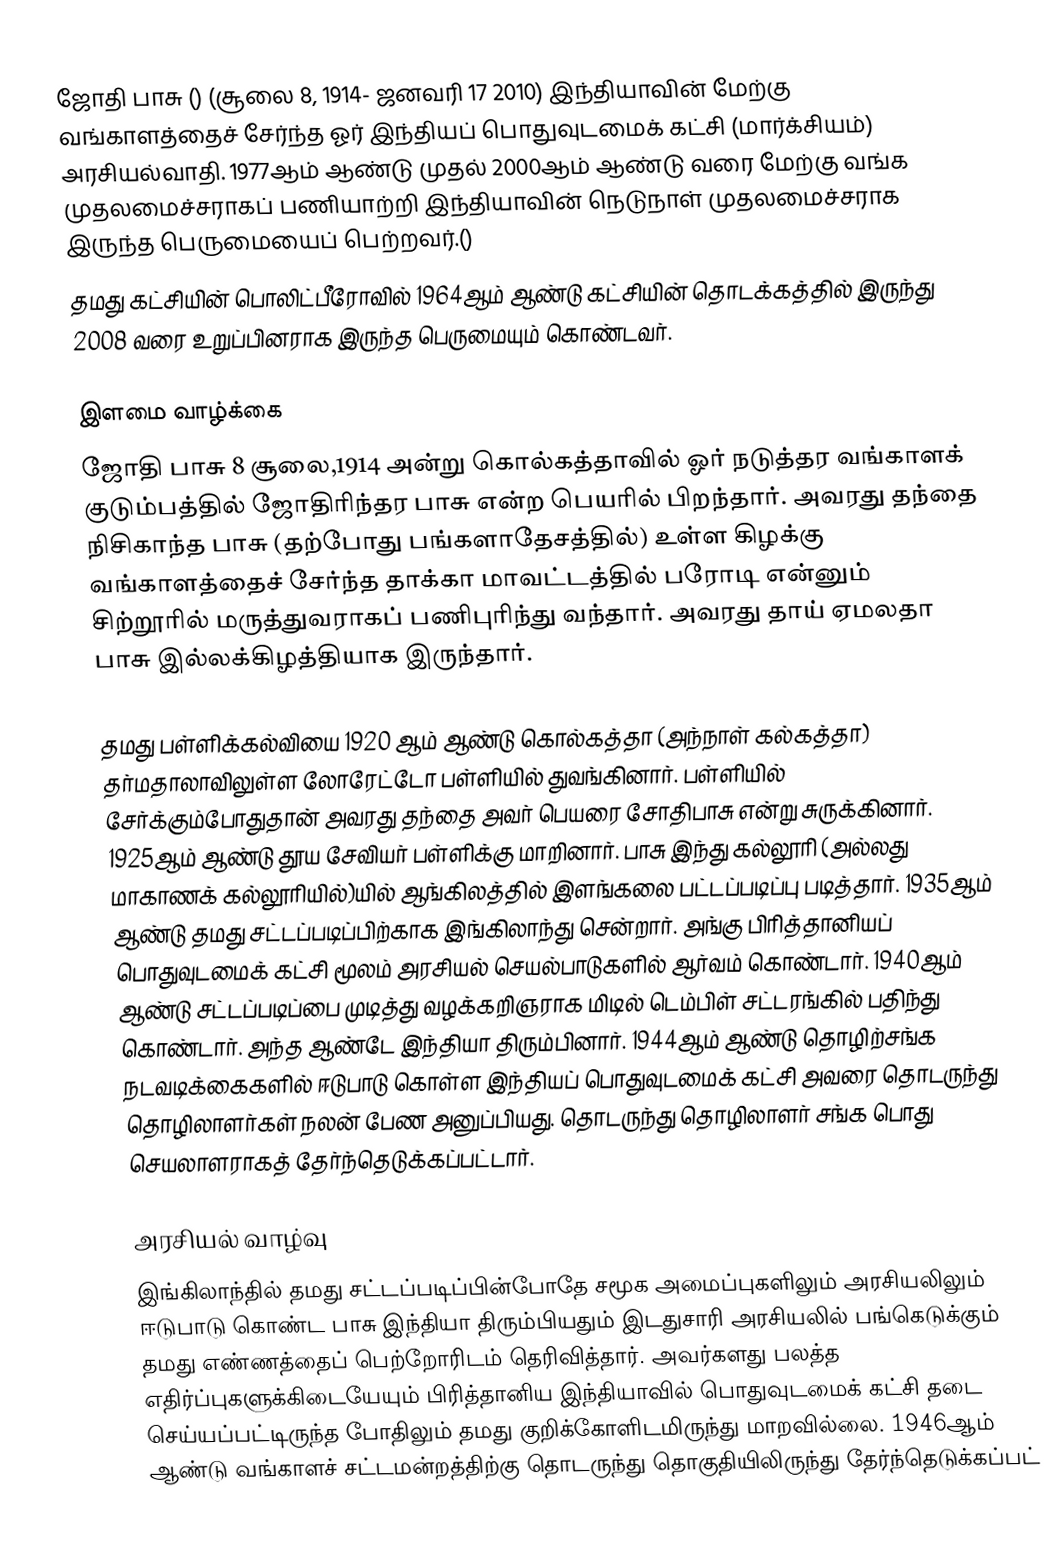
ஜோதி பாசு () (சூலை 8, 1914- ஜனவரி 17 2010) இந்தியாவின் மேற்கு வங்காளத்தைச் சேர்ந்த ஓர் இந்தியப் பொதுவுடமைக் கட்சி (மார்க்சியம்) அரசியல்வாதி. 1977ஆம் ஆண்டு முதல் 2000ஆம் ஆண்டு வரை மேற்கு வங்க முதலமைச்சராகப் பணியாற்றி  இந்தியாவின் நெடுநாள் முதலமைச்சராக இருந்த பெருமையைப் பெற்றவர்.()
தமது கட்சியின் பொலிட்பீரோவில் 1964ஆம் ஆண்டு கட்சியின் தொடக்கத்தில் இருந்து 2008 வரை உறுப்பினராக இருந்த பெருமையும் கொண்டவர்.

இளமை வாழ்க்கை
ஜோதி பாசு 8 சூலை,1914 அன்று கொல்கத்தாவில் ஓர் நடுத்தர வங்காளக் குடும்பத்தில் ஜோதிரிந்தர பாசு என்ற பெயரில் பிறந்தார். அவரது தந்தை நிசிகாந்த பாசு (தற்போது பங்களாதேசத்தில்) உள்ள கிழக்கு வங்காளத்தைச் சேர்ந்த தாக்கா மாவட்டத்தில் பரோடி என்னும் சிற்றூரில் மருத்துவராகப் பணிபுரிந்து வந்தார். அவரது தாய் ஏமலதா பாசு இல்லக்கிழத்தியாக இருந்தார்.

தமது பள்ளிக்கல்வியை 1920 ஆம் ஆண்டு கொல்கத்தா (அந்நாள் கல்கத்தா) தர்மதாலாவிலுள்ள லோரேட்டோ பள்ளியில் துவங்கினார். பள்ளியில் சேர்க்கும்போதுதான் அவரது தந்தை அவர் பெயரை சோதிபாசு என்று சுருக்கினார். 1925ஆம் ஆண்டு தூய சேவியர் பள்ளிக்கு மாறினார். பாசு இந்து கல்லூரி (அல்லது மாகாணக் கல்லூரியில்)யில் ஆங்கிலத்தில் இளங்கலை பட்டப்படிப்பு படித்தார். 1935ஆம் ஆண்டு தமது சட்டப்படிப்பிற்காக இங்கிலாந்து சென்றார். அங்கு பிரித்தானியப் பொதுவுடமைக் கட்சி மூலம் அரசியல் செயல்பாடுகளில் ஆர்வம் கொண்டார். 1940ஆம் ஆண்டு சட்டப்படிப்பை முடித்து வழக்கறிஞராக மிடில் டெம்பிள் சட்டரங்கில் பதிந்து கொண்டார். அந்த ஆண்டே இந்தியா திரும்பினார். 1944ஆம் ஆண்டு தொழிற்சங்க நடவடிக்கைகளில் ஈடுபாடு கொள்ள இந்தியப் பொதுவுடமைக் கட்சி அவரை தொடருந்து தொழிலாளர்கள் நலன் பேண அனுப்பியது. தொடருந்து தொழிலாளர் சங்க பொது செயலாளராகத் தேர்ந்தெடுக்கப்பட்டார்.

அரசியல் வாழ்வு
இங்கிலாந்தில் தமது சட்டப்படிப்பின்போதே சமூக அமைப்புகளிலும் அரசியலிலும் ஈடுபாடு கொண்ட பாசு இந்தியா திரும்பியதும் இடதுசாரி அரசியலில் பங்கெடுக்கும் தமது எண்ணத்தைப் பெற்றோரிடம் தெரிவித்தார். அவர்களது பலத்த எதிர்ப்புகளுக்கிடையேயும் பிரித்தானிய இந்தியாவில் பொதுவுடமைக் கட்சி தடை செய்யப்பட்டிருந்த போதிலும் தமது குறிக்கோளிடமிருந்து மாறவில்லை. 1946ஆம் ஆண்டு வங்காளச் சட்டமன்றத்திற்கு தொடருந்து தொகுதியிலிருந்து தேர்ந்தெடுக்கப்பட்